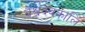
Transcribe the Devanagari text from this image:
वैश्वदेवकालि